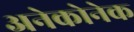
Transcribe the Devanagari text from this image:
अनेकोनेक